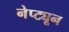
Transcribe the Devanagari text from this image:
नेप्ट्यून